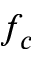
f _ { c }